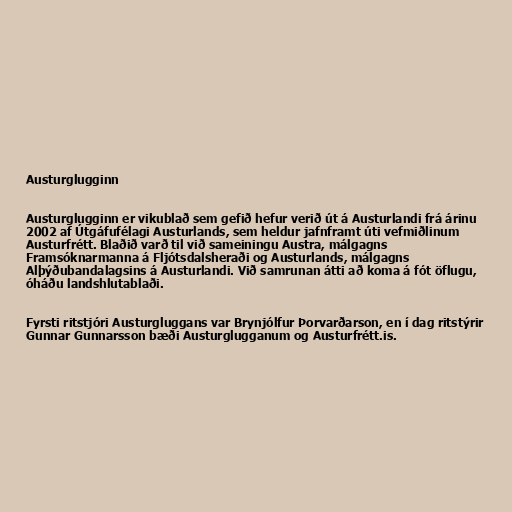
Austurglugginn

Austurglugginn er vikublað sem gefið hefur verið út á Austurlandi frá árinu
2002 af Útgáfufélagi Austurlands, sem heldur jafnframt úti vefmiðlinum
Austurfrétt. Blaðið varð til við sameiningu Austra, málgagns
Framsóknarmanna á Fljótsdalsheraði og Austurlands, málgagns
Alþýðubandalagsins á Austurlandi. Við samrunan átti að koma á fót öflugu,
óháðu landshlutablaði.

Fyrsti ritstjóri Austurgluggans var Brynjólfur Þorvarðarson, en í dag ritstýrir
Gunnar Gunnarsson bæði Austurglugganum og Austurfrétt.is.